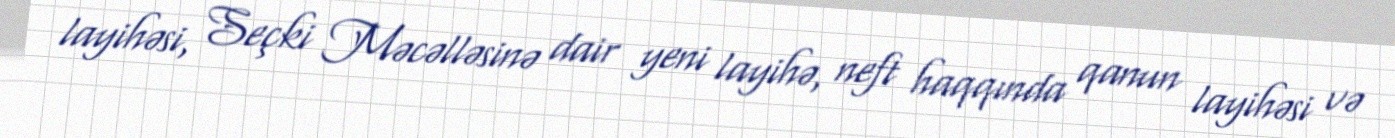
layihəsi, Seçki Məcəlləsinə dair yeni layihə, neft haqqında qanun layihəsi və